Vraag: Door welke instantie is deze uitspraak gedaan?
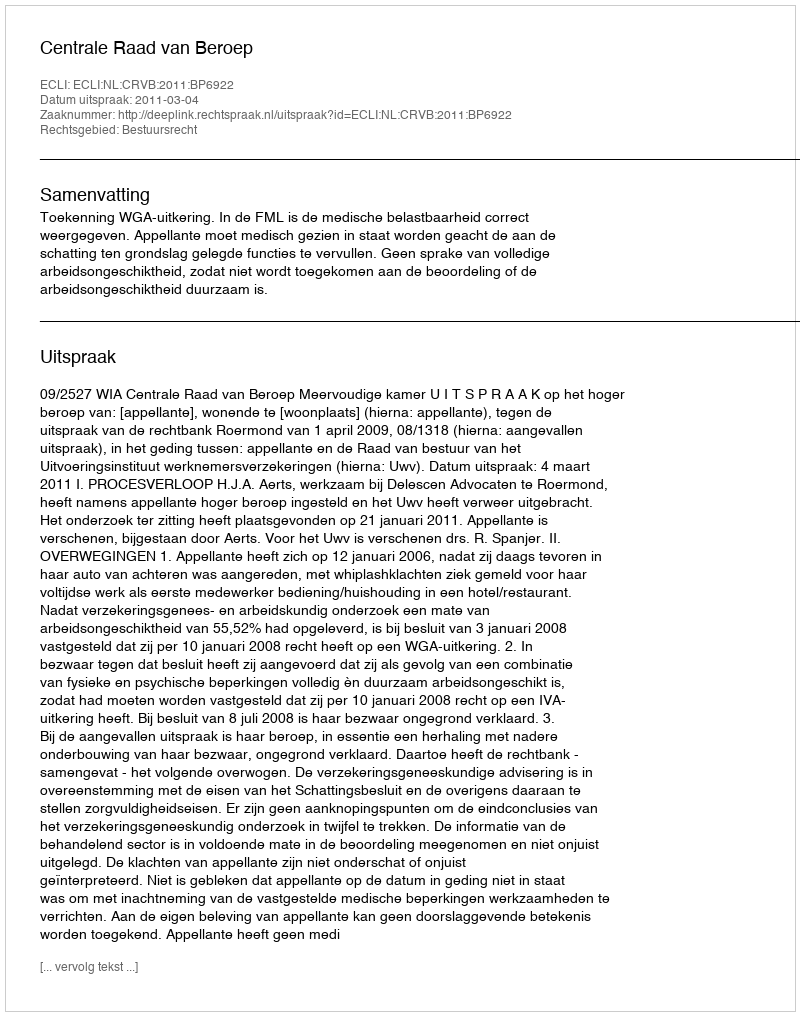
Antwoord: Centrale Raad van Beroep